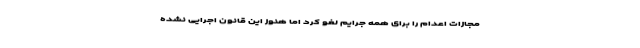
مجازات اعدام را برای همه جرایم لغو کرد اما هنوز این قانون اجرایی نشده